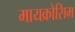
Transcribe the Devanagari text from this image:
मायक्रोसिम